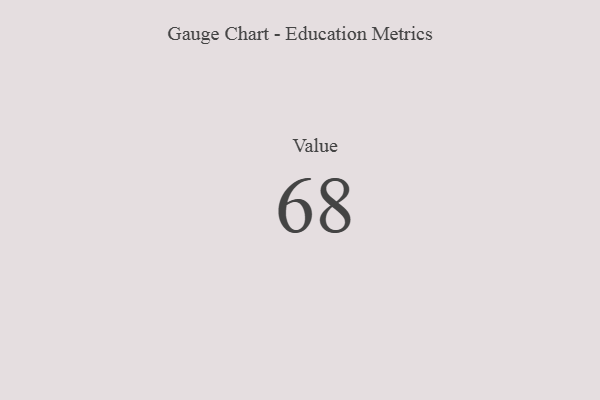
{"axis": {"x": "Metric", "y": "Value"}, "legend": [""], "data": [{"x": "Value", "y": 68, "type": ""}]}